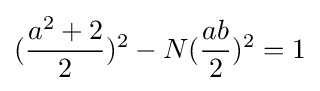
({\frac {a^{2}+2}{2}})^{2}-N({\frac {ab}{2}})^{2}=1